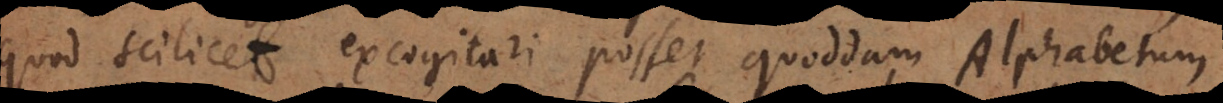
quod scilicet excogitari posset quoddam Alphabetum